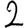
Digit: 2